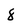
Character: 8